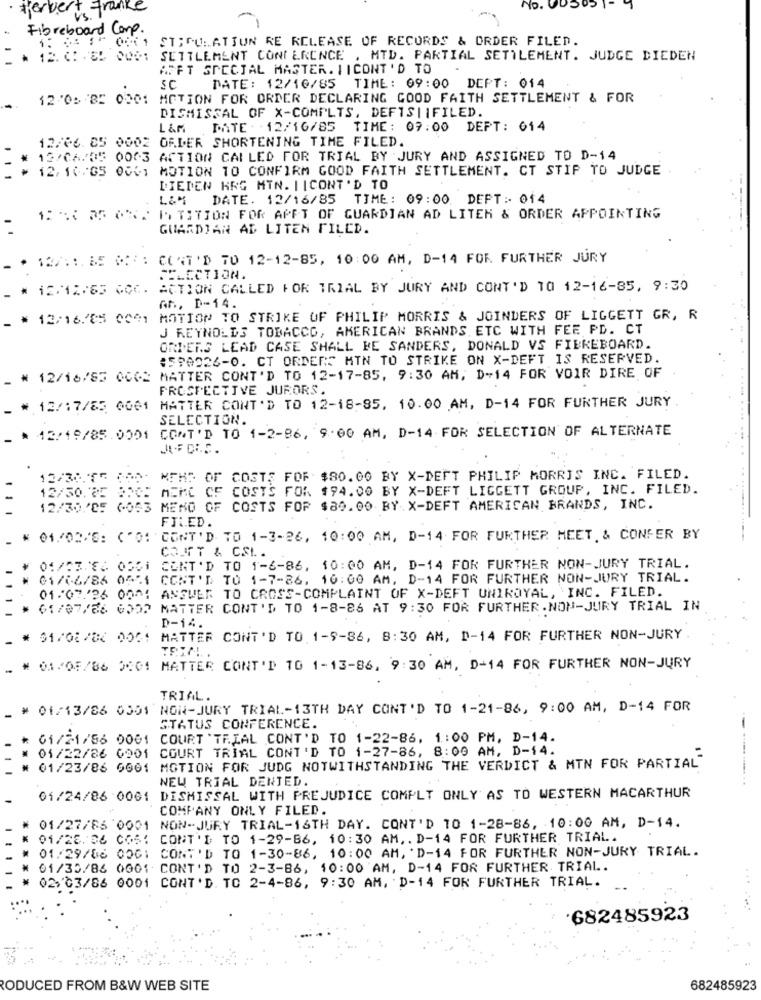
Herbert France
No. 0050
Fibreboard Comp.
ST;CULATION RE RELEASE OF RECORDS & ORDER FILED.
7.0001
12. 01 .85 0001
SETTLEMENT CONFERENCE , MTD. PARTIAL SETTLEMENT. JUDGE DIEDEN
AFFT SPECJAL MASTER. IICONT 'D TO
SC
DATE: 12/10/85 TIME: 09:00 DEPT: 014
12'05B5 0001
MOTION FOR ORDER DECLARING GOOD FAITH SETTLEMENT & FOR
DISMISSAL OF X-COMPLTS, DEFIS||FILED.
L &M
DATE . 12/16/85 TIME: 07:00 DEPT: 014
12/06. 85 0002 ORDER SHORTENING TIME FILED.
12/06/05 0003 ACTION CALLED FOR TRIAL BY JURY AND ASSIGNED TO D-14
12/ 10/65 0061 MOTION TO CONFIRM GOOD FAITH SETTLEMENT. CT STIP TO JUDGE
DIEDEN HRG MIN. | |CONT'D TO
DATE. 12/16/85 TIME: 09:00 DEPT: 014
I. TITION FOR APET OF GUARDIAN AD LITER & ORDER APPOINTING
GUARDIAN AL LITEN FILED.
CONT'D TO 12-12-85, 10:00 AM, D-14 FOR FURTHER JURY
ELECTION.
# 12:12:65 0CC.
ACTION CALLED FOR TRIAL BY JURY AND CONT'D 10 12-16-85, 9:30
AR, D-14.
_ # 12/16/85 0041
MOTION TO STRIKE OF PHILIP MORRIS & JOINDERS OF LIGGETT GR, R
J REYNOLDS TOBACCO, AMERICAN BRANDS ETC WITH FEE PD. CT
ORDENS LEAD CASE SHALL BE SANDERS, DONALD VS FIBREBOARD.
1599924-0. CT ORDERS MIN TO STRIKE ON X-DEFT IS RESERVED.
12/16/85 0062 MATTER CONT'D TO 12-17-85, 9:30 AM, D-14 FOR VOIR DIRE OF
PROSPECTIVE JURORS.
MATTER CONT'D TO 12-18-85, 10.00 AM, D-14 FOR FURTHER JURY
# 12/17/85 0061
SELECTION.
CONT'D TO 1-2-86, 9:00 AM, D-14 FOR SELECTION OF ALTERNATE
* 12/19/85.0001
12/30.75 JAA+
MTHS OF COSTS FOF $80.00 BY X-DEFT PHILIP MORRIS INC. FILED.
MEMC CF COSTS FOR $94.00 BY X-DEFT LIGGETT GROUP, INC. FILED.
12/30.85 BOCE
12/30/'85 6-053
MENO OF COSTS FOR $89.00 BY.X-DEFT AMERICAN BRANDS, INC.
FILED.
01./02/5: ("O: CONT'D 7D 1-3-26, 10:00 AM, D-14 FOR FURTHER MEET & CONFER BY
COLTT & CSL.
01/53 86 0501 CENT'D TO 1-6-86, 10:00 AM, D-14 FOR FURTHER NON-JURY TRIAL.
01/06/86 0571 CONT'D TO 1-7-86. 10:00 AM, D-14 FOR FURTHER NON-JURY TRIAL.
01/07/'26 0001 ANSWER TO CROSS-COMPLAINT OF X-DEFT UNIROYAL, INC. FILED.
01/07/86 6002
MATTER CONT'D TO 1-8-86 AT 9:30 FOR FURTHER.NON-JURY TRIAL IN
D-14.
$1/01 /80 0061 MATTER CONT'D TO 1-5-86, 8:30 AM, D-14 FOR FURTHER NON-JURY
01/05/86 0001 MATTER CONT'D 10 1-13-86, 9:30 AM, D-14 FOR FURTHER NON-JURY
TRIAL.
# 01/13/86 0301 NON-JURY TRIAL-13TH DAY CONT'D TO 1-21-86, 9:00 AM, D-14 FOR
STATUS CONFERENCE.
61/21/86 0001 COURT 'TRIAL CONT'D TO 1-22-86, 1:00 PM, D-14.
01/22/86 0901 COURT TRIAL CONT'D TO 1-27-86, 8:00 AM, D-14.
01/23/86 6061 MOTION FOR JUDG NOTWITHSTANDING THE VERDICT & MTN FOR PARTIAL"
NEW TRIAL DENTED.
01/24/86 0061
DISMISSAL WITH PREJUDICE COMPLT ONLY AS TO WESTERN MACARTHUR
COMPANY ONLY FILED.
01/27/86 0001 NON-JURY TRIAL-16TH DAY. CONT'D 10 1-28-86, 10:00 AM, D-14.
01/25.06 COS: CONT'D TO 1-29-86, 10:30 AM, . D-14 FOR FURTHER TRIAL.
01/29/86 00G: CONT'D TO 1-30-86, 10:00 AM, 'D-14 FOR FURTHER NON-JURY TRIAL.
01/35/86 0001 CONT'D TO 2-3-86, 10:00 AM, D-14 FOR FURTHER TRIAL.
02/03/86 0001 CONT'D. TC 2-4-86, 9:30 AM, D-14 FOR FURTHER TRIAL.
682485923
RODUCED FROM B&W WEB SITE
682485923